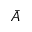
\bar { A }